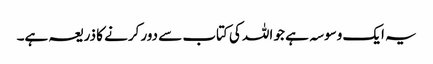
یہ ایک وسوسہ ہے جو اللہ کی کتاب سے دور کرنے کا ذریعہ ہے۔